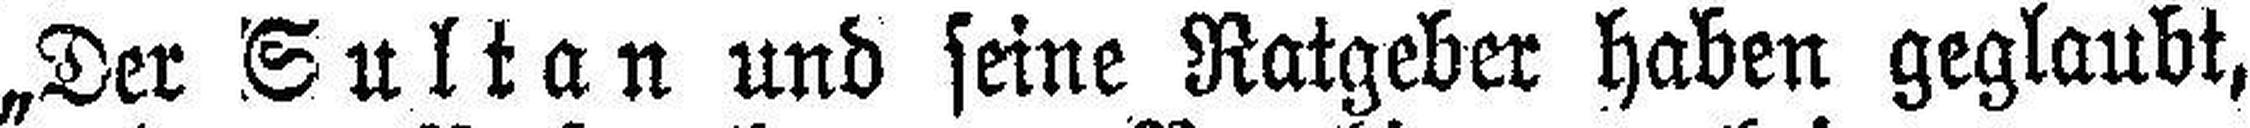
„Der Sultan und seine Ratgeber haben geglaubt,